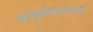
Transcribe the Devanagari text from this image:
वास्तूसभोवतालच्या